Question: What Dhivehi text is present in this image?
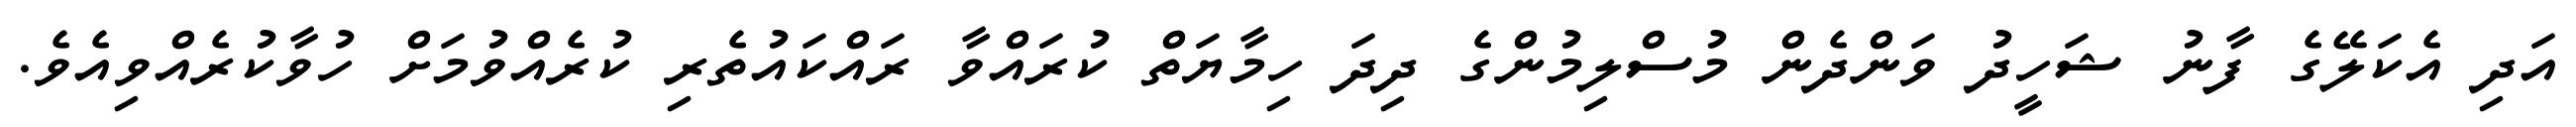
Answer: އަދި އެކަލޭގެ ފާނު ޝަހީދު ވަންދެން މުސްލިމުންގެ ދިދަ ހިމާޔަތް ކުރައްވާ ރައްކައުތެރި ކުރެއްވުމަށް ހުވާކުރެއްވިއެވެ.